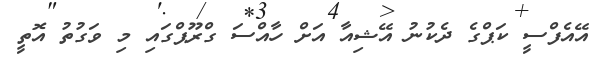
އޭއެފްސީ ކަޕްގެ ދެކުނު އޭޝިއާ އަށް ހާއްސަ ގްރޫޕްގައި މި ވަގުތު އޮތީ